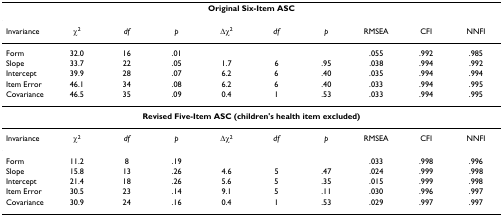
<table><thead><tr><td colspan="10"><b>Original Six-Item ASC</b></td></tr></thead><tbody><tr><td>Invariance</td><td>χ<sup>2</sup></td><td><i>df</i></td><td><i>p</i></td><td>Δχ<sup>2</sup></td><td><i>df</i></td><td><i>p</i></td><td>RMSEA</td><td>CFI</td><td>NNFI</td></tr><tr><td>Form</td><td>32.0</td><td>16</td><td>.01</td><td></td><td></td><td></td><td>.055</td><td>.992</td><td>.985</td></tr><tr><td>Slope</td><td>33.7</td><td>22</td><td>.05</td><td>1.7</td><td>6</td><td>.95</td><td>.038</td><td>.994</td><td>.992</td></tr><tr><td>Intercept</td><td>39.9</td><td>28</td><td>.07</td><td>6.2</td><td>6</td><td>.40</td><td>.035</td><td>.994</td><td>.994</td></tr><tr><td>Item Error</td><td>46.1</td><td>34</td><td>.08</td><td>6.2</td><td>6</td><td>.40</td><td>.033</td><td>.994</td><td>.995</td></tr><tr><td>Covariance</td><td>46.5</td><td>35</td><td>.09</td><td>0.4</td><td>1</td><td>.53</td><td>.033</td><td>.994</td><td>.995</td></tr><tr><td colspan="10"><b>Revised Five-Item ASC (children&#x27;s health item excluded)</b></td></tr><tr><td>Invariance</td><td>χ<sup>2</sup></td><td><i>df</i></td><td><i>p</i></td><td>Δχ<sup>2</sup></td><td><i>df</i></td><td><i>p</i></td><td>RMSEA</td><td>CFI</td><td>NNFI</td></tr><tr><td>Form</td><td>11.2</td><td>8</td><td>.19</td><td></td><td></td><td></td><td>.033</td><td>.998</td><td>.996</td></tr><tr><td>Slope</td><td>15.8</td><td>13</td><td>.26</td><td>4.6</td><td>5</td><td>.47</td><td>.024</td><td>.999</td><td>.998</td></tr><tr><td>Intercept</td><td>21.4</td><td>18</td><td>.26</td><td>5.6</td><td>5</td><td>.35</td><td>.015</td><td>.999</td><td>.998</td></tr><tr><td>Item Error</td><td>30.5</td><td>23</td><td>.14</td><td>9.1</td><td>5</td><td>.11</td><td>.030</td><td>.996</td><td>.997</td></tr><tr><td>Covariance</td><td>30.9</td><td>24</td><td>.16</td><td>0.4</td><td>1</td><td>.53</td><td>.029</td><td>.997</td><td>.997</td></tr></tbody></table>